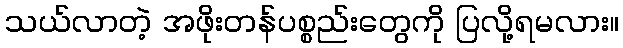
သယ်လာတဲ့ အဖိုးတန်ပစ္စည်းတွေကို ပြလို့ရမလား။